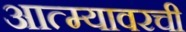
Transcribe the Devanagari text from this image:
आत्म्यावरची